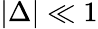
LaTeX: |\Delta|\ll 1